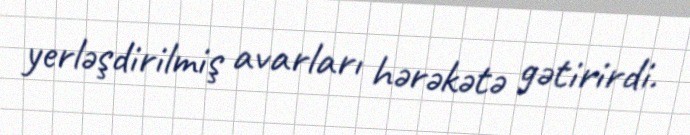
yerləşdirilmiş avarları hərəkətə gətirirdi.